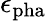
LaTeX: \epsilon_{\mathrm{pha}}